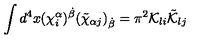
\int d ^ { 4 } x ( \chi _ { i } ^ { \alpha } ) ^ { \dot { \beta } } ( \tilde { \chi } _ { \alpha j } ) _ { \dot { \beta } } = \pi ^ { 2 } { \cal K } _ { l i } \tilde { \cal K } _ { l j }